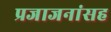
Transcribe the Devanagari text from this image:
प्रजाजनांसह